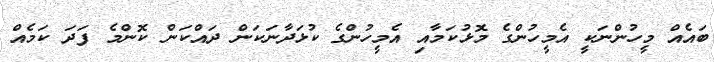
ބައެއް މީހުންނަކީ އެމީހުންގެ މޮޅުކަމާއި އެމީހުންގެ ކުޅަދާނަކަން ދައްކަން ކޮންމެ ފަދަ ކަމެއް